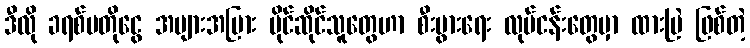
ဒီလို ခရစ်ပတိုငွေ အများအပြား ပိုင်ဆိုင်သူတွေဟာ စီးပွားရေး လုပ်ငန်းတွေမှာ ထားမြဲ ဖြစ်တဲ့